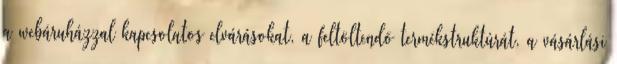
a webáruházzal kapcsolatos elvárásokat, a feltöltendõ termékstruktúrát, a vásárlási